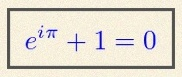
e^{i\pi}+1=0